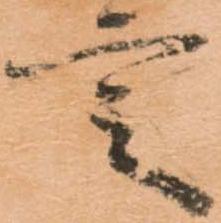
言